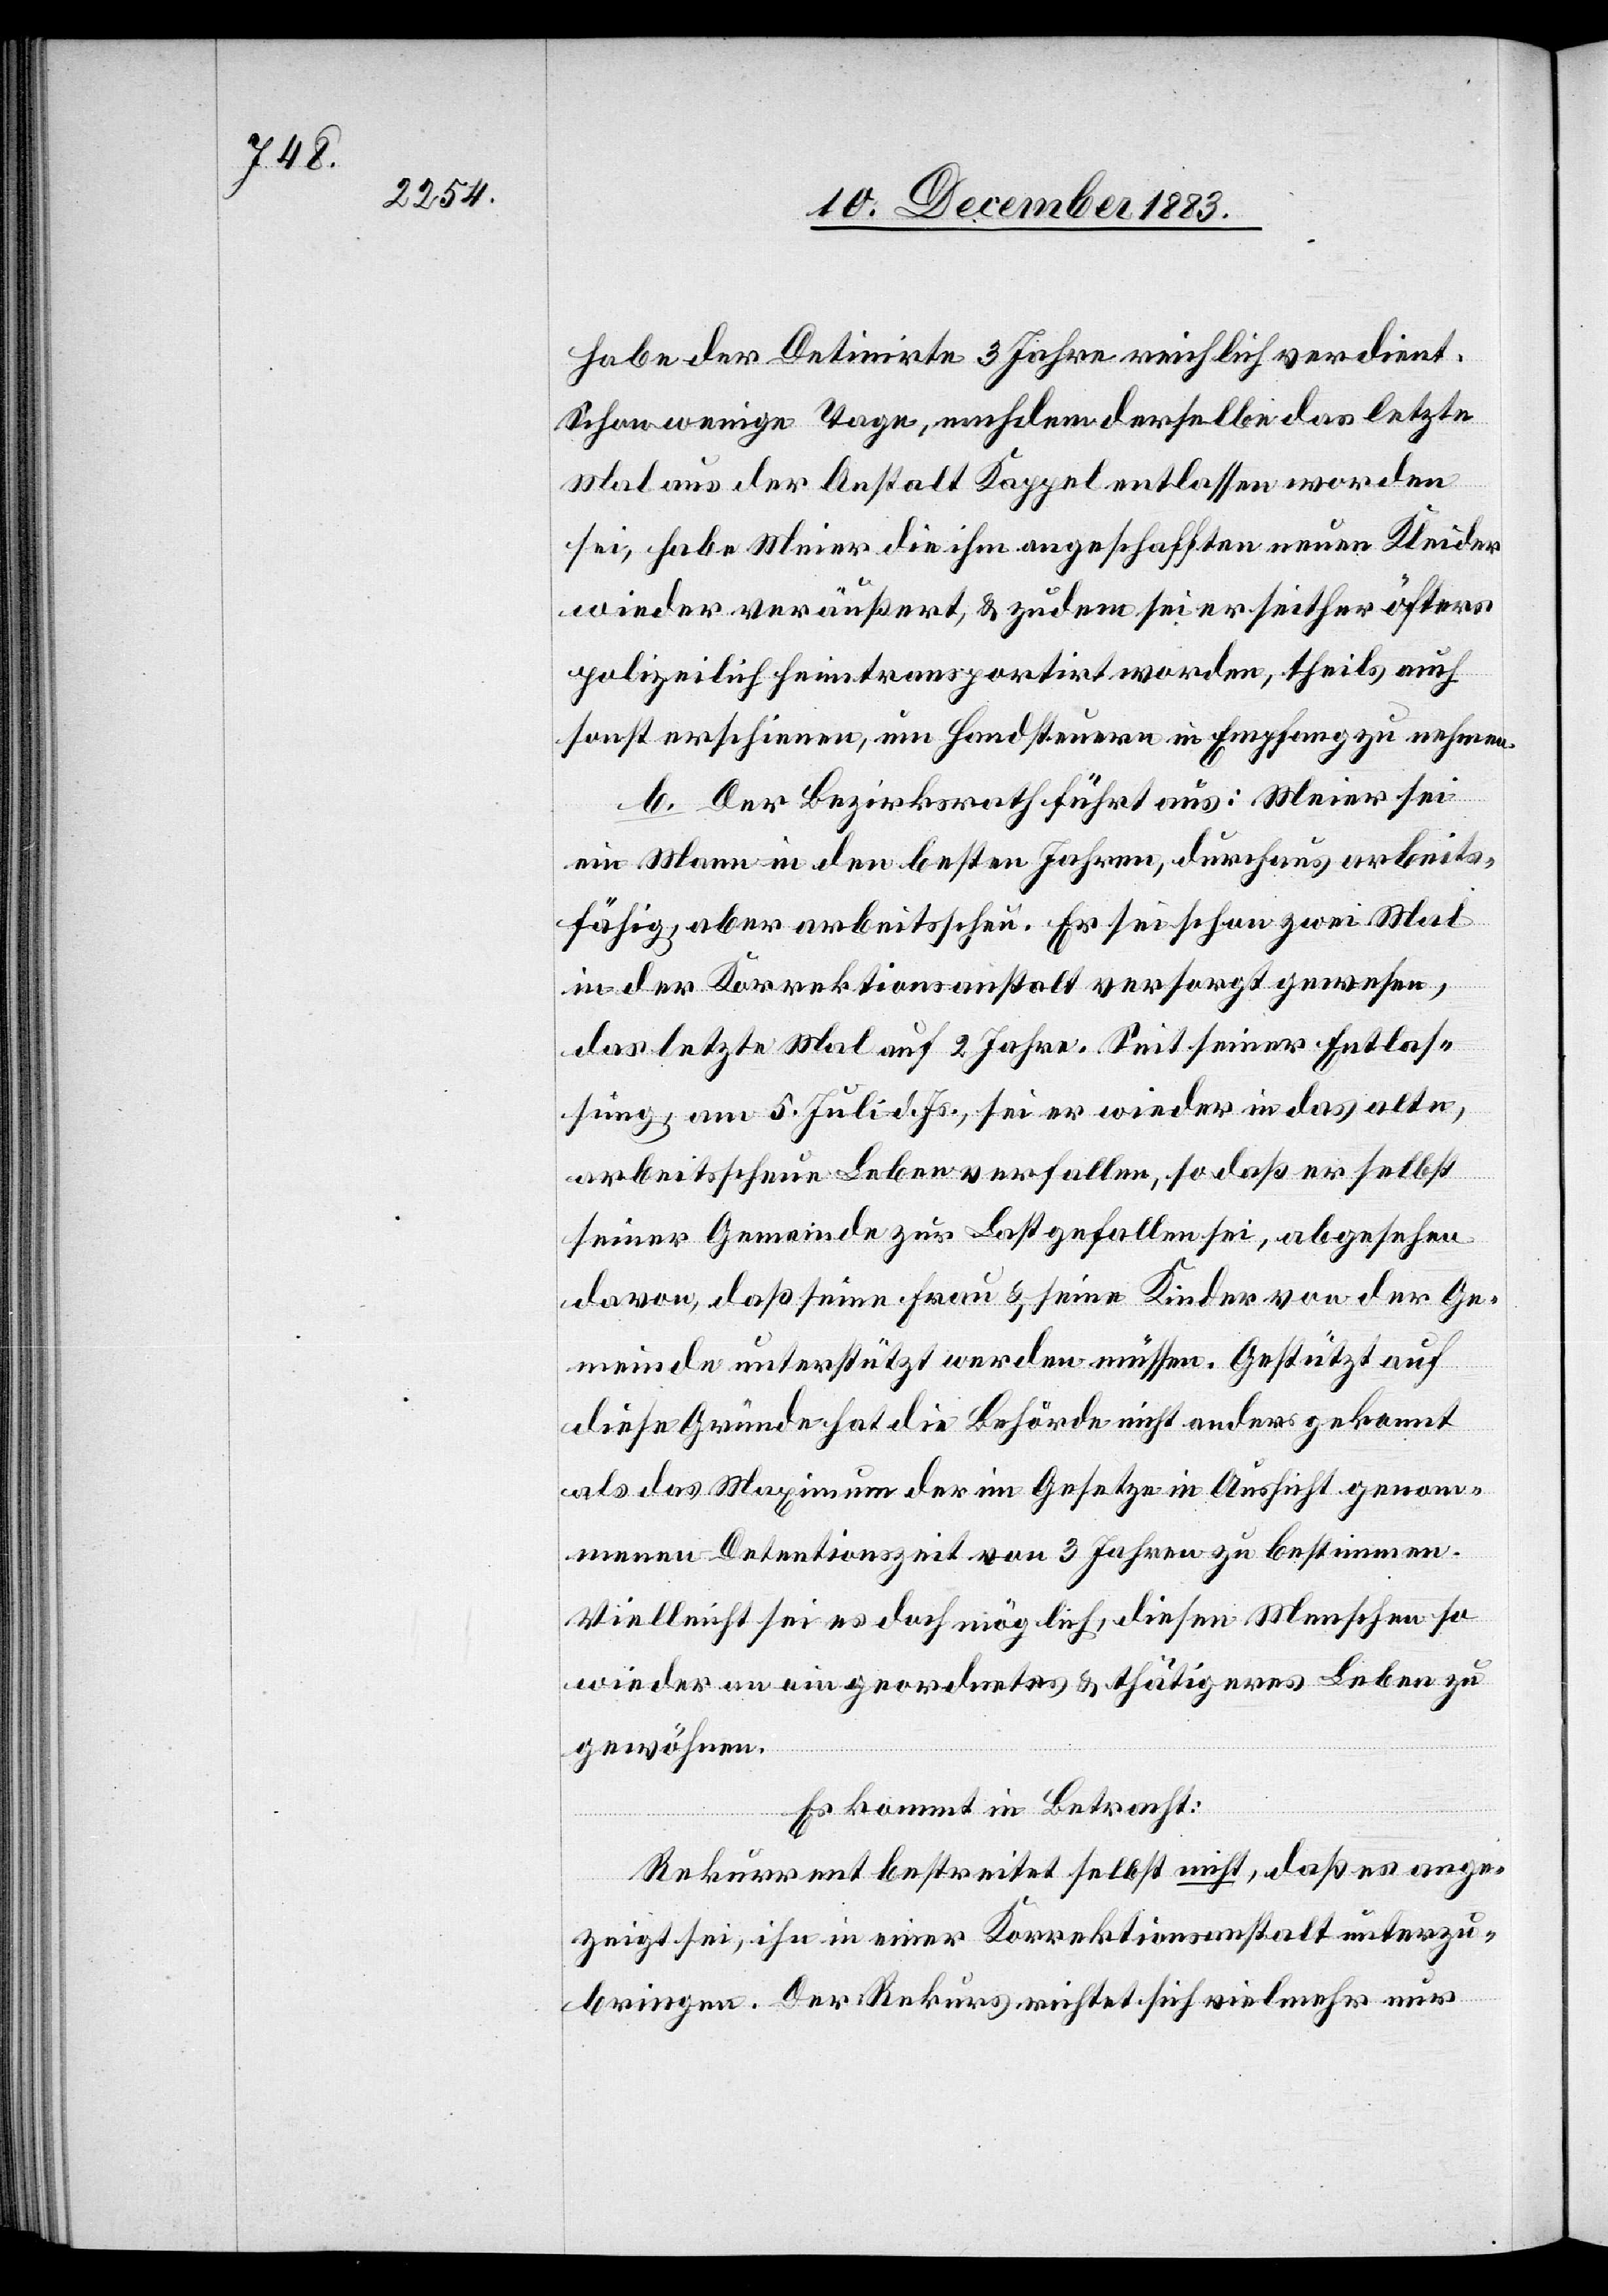
arbeit¬

habe der Detinirte 3 Jahre reichlich verdient.
Schon wenige Tage, nachdem derselbe das letzte
Mal aus der Anstalt Kappel entlassen worden
sei, habe Meier die ihm angeschafften neuen Kleider
wieder veräußert, & zudem sei er seither öfters
polizeilich heimtransportirt worden, theils auch
sonst erschienen um Handsteuern in Empfang zu nehmen.
b. Der Bezirksrath führt aus: Meier sein
sfähig aber arbeitsscheu. Er sei schon zwei Mal
in der Korrektionsanstalt versorgt gewesen,
das letzte Mal auf 2 Jahre. Seit seiner Entlas¬
sung, am 5. Juli d. Js., sei er wieder in das alte,
arbeitsscheue Leben verfallen, so daß er selbst
seiner Gemeinde zu Last gefallen sei, abgesehen
davon, daß seine Frau & seine Kinder von der Ge¬
meinde unterstützt werden müssen. Gestützt auf
diese Gründe hat die Behörde nicht anders gekonnt
als das Maximum der im Gesetze in Aussicht genom¬
menen Detentionszeit von 3 Jahren zu bestimmen.
Vielleicht sei es doch möglich, diesen Menschen so
wieder an ein geordnetes & thätigeres Leben zu
gewöhnen.
Es kommt in Betracht:
Rekurrent bestreitet selbst nicht, daß es ange¬
zeigt sei, ihn in einer Korrektionsanstalt unterzu¬
bringen. Der Rekurs richtet sich vielmehr nur